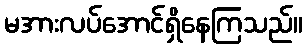
မအားလပ်အောင်ရှိနေကြသည်။